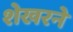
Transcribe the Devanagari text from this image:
शेखरने